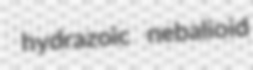
hydrazoic nebalioid